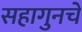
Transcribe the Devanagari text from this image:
सहागुनचे